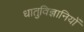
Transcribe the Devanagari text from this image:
धातुविज्ञानियों